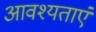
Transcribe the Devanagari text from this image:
आवश्यताएं